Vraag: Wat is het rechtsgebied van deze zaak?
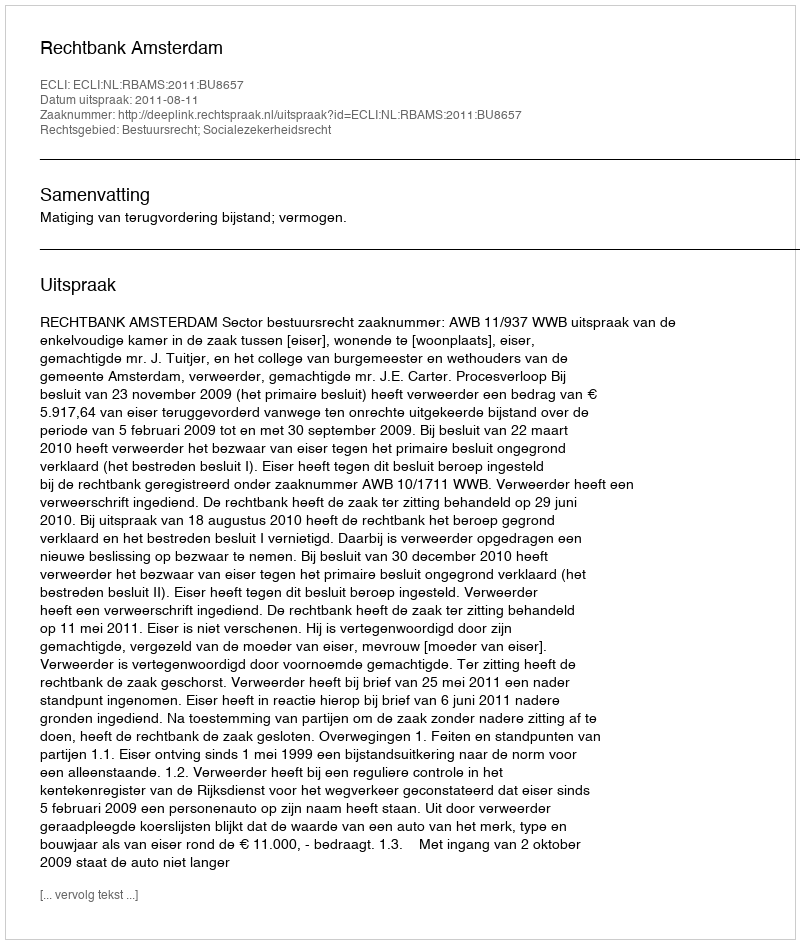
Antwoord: Bestuursrecht; Socialezekerheidsrecht